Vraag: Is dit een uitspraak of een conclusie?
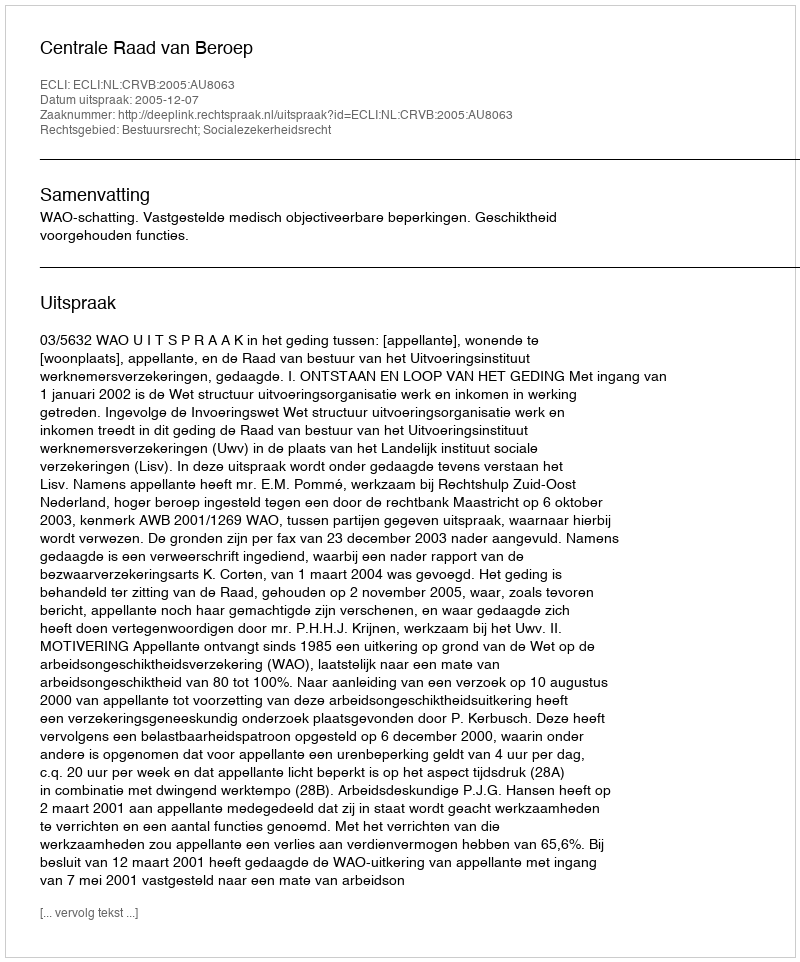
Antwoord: Uitspraak